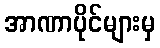
အာဏာပိုင်များမှ